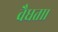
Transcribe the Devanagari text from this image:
वैधता।